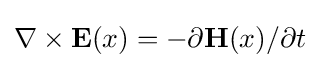
\nabla \times \mathbf {E} (x)=-\partial \mathbf {H} (x)/\partial t